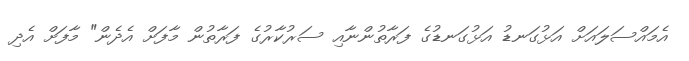
އެމައްސަލައަށް އަޅުގަނޑު އަޅުގަނޑުގެ ފަރާތުންނާއި ސަރުކާރުގެ ފަރާތުން މާފަށް އެދެން" މާފަށް އެދި